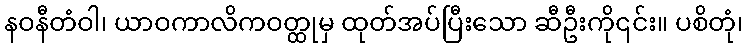
နဝနီတံဝါ၊ ယာဝကာလိကဝတ္ထုမှ ထုတ်အပ်ပြီးသော ဆီဦးကို၎င်း။ ပစိတုံ၊